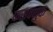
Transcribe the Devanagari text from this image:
फसवणुक